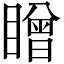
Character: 䁬